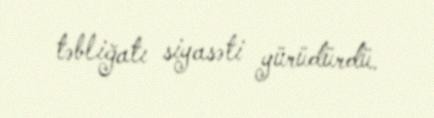
təbliğatı siyasəti yürüdürdü.